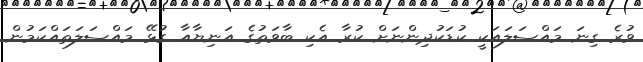
ވުރެ ގިނަ މައްސަލައަކީ ކުޑަކުދިންނަށް ކުރާ އެކި ބާވަތުގެ އަނިޔާއާ ގުޅޭ މައްސަލަތައްކަމުން